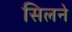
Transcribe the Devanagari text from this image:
सिलने